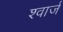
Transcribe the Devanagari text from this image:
श्वार्ज